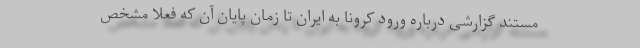
مستند گزارشی درباره ورود کرونا به ایران تا زمان پایان آن که فعلا مشخص